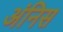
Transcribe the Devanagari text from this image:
अंनिस